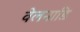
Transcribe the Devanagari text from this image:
वेलनाडि